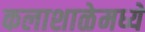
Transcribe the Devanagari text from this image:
कलाशाळेमध्ये